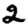
Digit: 2